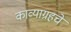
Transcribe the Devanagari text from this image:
काव्याग्रहचे